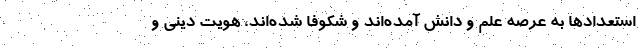
استعدادها به عرصه علم و دانش آمده‌اند و شکوفا شده‌اند، هویت دینی و